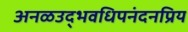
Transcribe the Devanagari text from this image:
अनळउद्भवधिपनंदनप्रिय